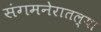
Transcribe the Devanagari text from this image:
संगमनेरातल्या